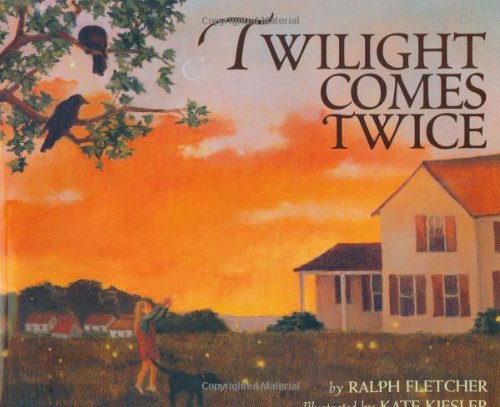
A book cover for Twilight Comes Twice; Ralph Fletcher; Children's Books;